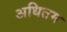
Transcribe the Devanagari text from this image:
अधितम